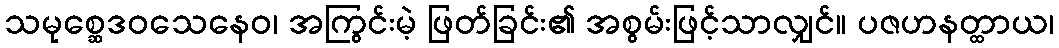
သမုစ္ဆေဒဝသေနေဝ၊ အကြွင်းမဲ့ ဖြတ်ခြင်း၏ အစွမ်းဖြင့်သာလျှင်။ ပဇဟနတ္ထာယ၊